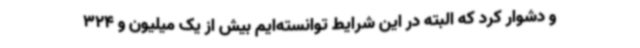
و دشوار کرد که البته در این شرایط توانسته‌ایم بیش از یک میلیون و 324